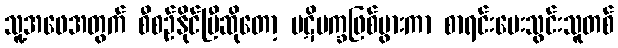
သူ့အဖေအတွက် စီစဉ်နိုင်ပြီဆိုတော့ ပဋိပက္ခဖြစ်ပွားကာ စာရင်းပေးသွင်းသူတစ်